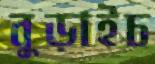
বুড়াইচ